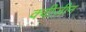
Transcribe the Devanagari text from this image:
क्वीज़ीन